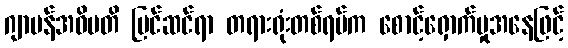
ဂျာမန်အဓိပတိ ပြင်ဆင်ရာ တရားရုံးတစ်ရပ်က စောင့်ရှောက်မှုအနေဖြင့်